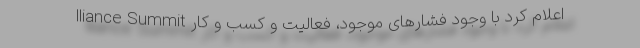
lliance Summit اعلام کرد با وجود فشارهای موجود، فعالیت‌ و کسب و کار